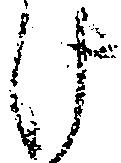
け